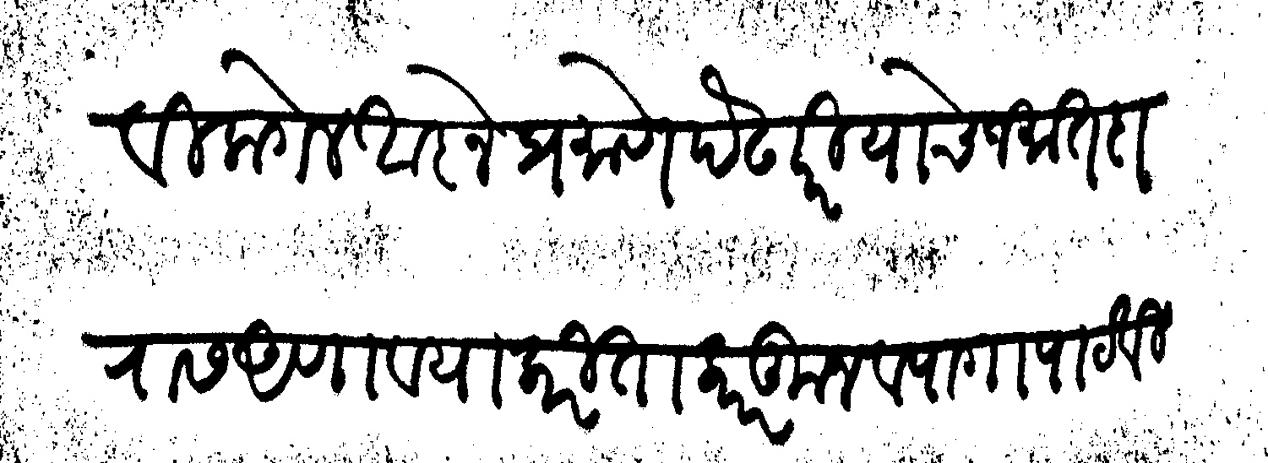
Transliteration (Devanagari): काढावी लागेल आज्ञेप्रमाणे पेंढारी याचे जमातदारास आणावयाकरिता कारकून व पागा पाठविल्या